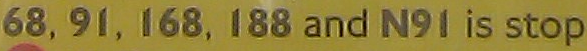
68,91,168,188 and N91 is stop